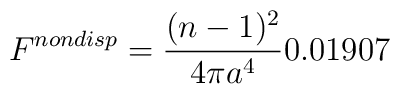
F^{nondisp}=\frac{(n-1)^2}{4 \pi a^4}0.01907